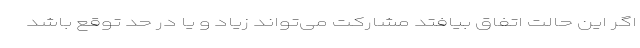
اگر این حالت اتفاق بیافتد مشارکت می‌تواند زیاد و یا در حد توقع باشد